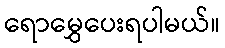
ရောမွှေပေးရပါမယ်။